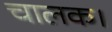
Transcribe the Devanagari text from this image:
चालक।